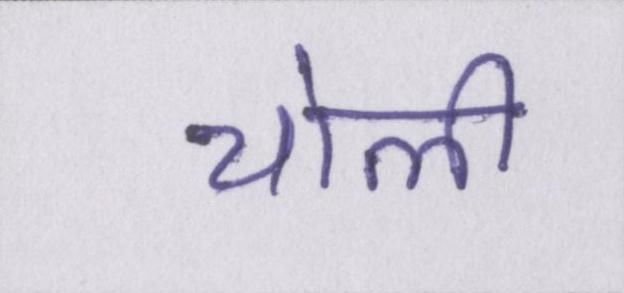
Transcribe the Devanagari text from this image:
चोली